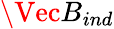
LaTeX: \Vec{B}_{ind}